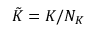
\tilde { K } = K / N _ { K }